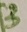
Text: 3